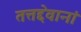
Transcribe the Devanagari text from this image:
तत्तद्देवानां